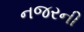
નજરની